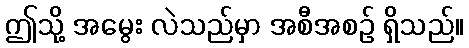
ဤသို့ အမွေး လဲသည်မှာ အစီအစဉ် ရှိသည်။